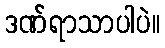
ဒဏ်ရာသာပါပဲ။